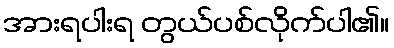
အားရပါးရ တွယ်ပစ်လိုက်ပါ၏။